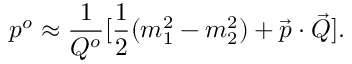
p ^ { o } \approx { \frac { 1 } { Q ^ { o } } } [ { \frac { 1 } { 2 } } ( m _ { 1 } ^ { 2 } - m _ { 2 } ^ { 2 } ) + \vec { p } \cdot \vec { Q } ] .